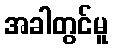
အခါတွင်မူ